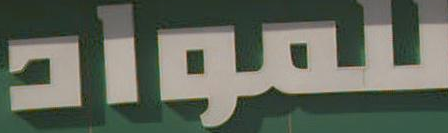
للمواد